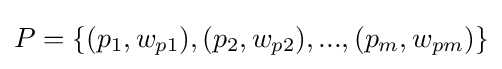
{\textstyle P=\{(p_{1},w_{p1}),(p_{2},w_{p2}),...,(p_{m},w_{pm})\}}